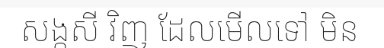
សង្កសី វិញ ដែលមើលទៅ មិន